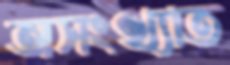
অসংখ্যাত